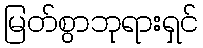
မြတ်စွာဘုရားရှင်